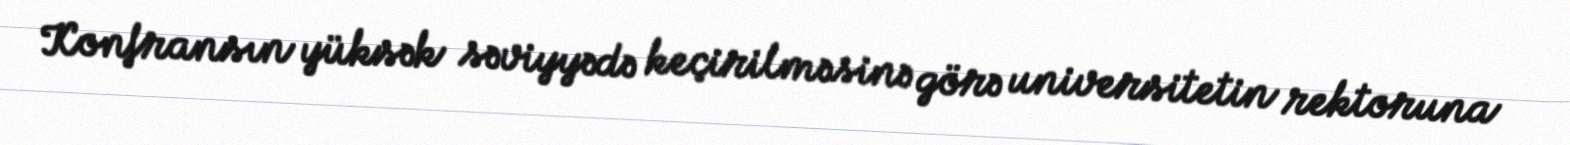
Konfransın yüksək səviyyədə keçirilməsinə görə universitetin rektoruna